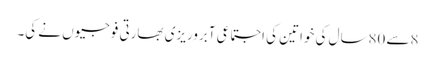
8سے 80سال کی خواتین کی اجتماعی آبروریزی بھارتی فوجیوں نے کی۔